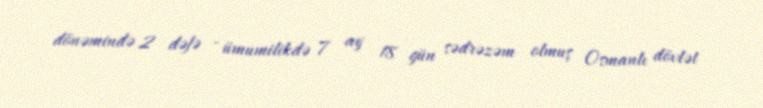
dönəmində 2 dəfə - ümumilikdə 7 ay 18 gün sədrəzəm olmuş Osmanlı dövlət